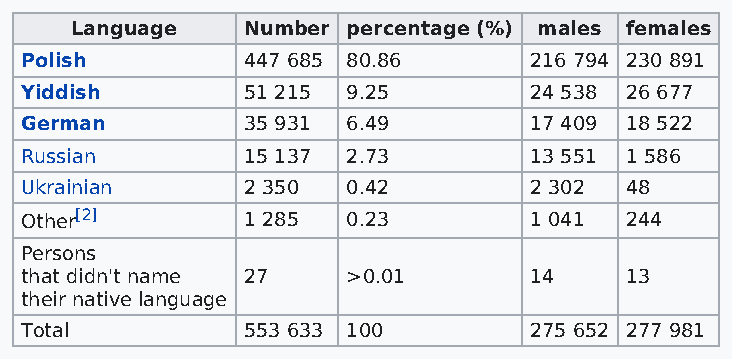
Language   Number percentage (%) males females
 Polish         447 685 80.86      216 794 230 891
 Yiddish        51 215 9.25        24 538 26 677
 German         35 931 6.49        17 409 18 522
 Russian        15 137 2.73        13 551 1 586
 Ukrainian      2 350  0.42        2 302 48
 Other[2]       1 285  0.23        1 041 244
 Persons
 that didn't name 27   >0.01       14    13
 their native language
 Total          553 633 100        275 652 277 981